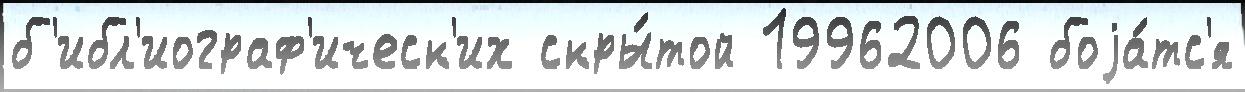
б'ибл'иограф'ическ'их скры́той 19962006 боjа́тс'я